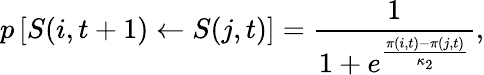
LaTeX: p\left[S(i,t+1)\gets S(j,t)\right]=\frac{1}{1+e^{\frac{\pi(i,t)-\pi(j,t)}{\kappa_{2}}}},